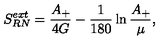
S _ { R N } ^ { e x t } = { \frac { A _ { + } } { 4 G } } - { \frac { 1 } { 1 8 0 } } \ln { \frac { A _ { + } } { \mu } } ,